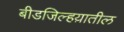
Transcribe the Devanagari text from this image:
बीडजिल्हय़ातील